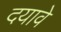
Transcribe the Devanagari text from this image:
दयावे